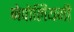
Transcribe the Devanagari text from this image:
नेपोलियनी